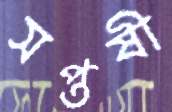
সপ্তর্ষী